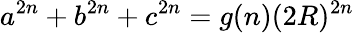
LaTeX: a^{2n}+b^{2n}+c^{2n}=g(n)(2R)^{2n}